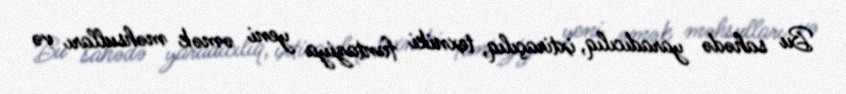
Bu sahədə yaradıcılıq, ixtiraçılıq, texniki fantaziya yeni əmək məhsulları və